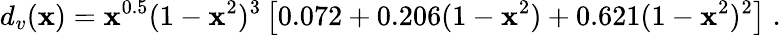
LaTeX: d_{v}(\mathbf{x})=\mathbf{x}^{0.5}(1-\mathbf{x}^{2})^{3}\left[0.072+0.206(1-\mathbf{x}^{2})+0.621(1-\mathbf{x}^{2})^{2}\right]\; .